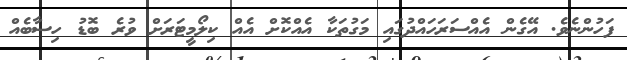
ފަހުންނެވެ. އޭގެން އެއްސަރަހައްދުގައި މަގުތަކާ އެއްކޮށް އެއް ކިލޯމީޓަރަށް ވުރެ ބޮޑު ހިސާބެއް